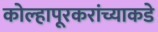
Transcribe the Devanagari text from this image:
कोल्हापूरकरांच्याकडे